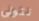
نتولى